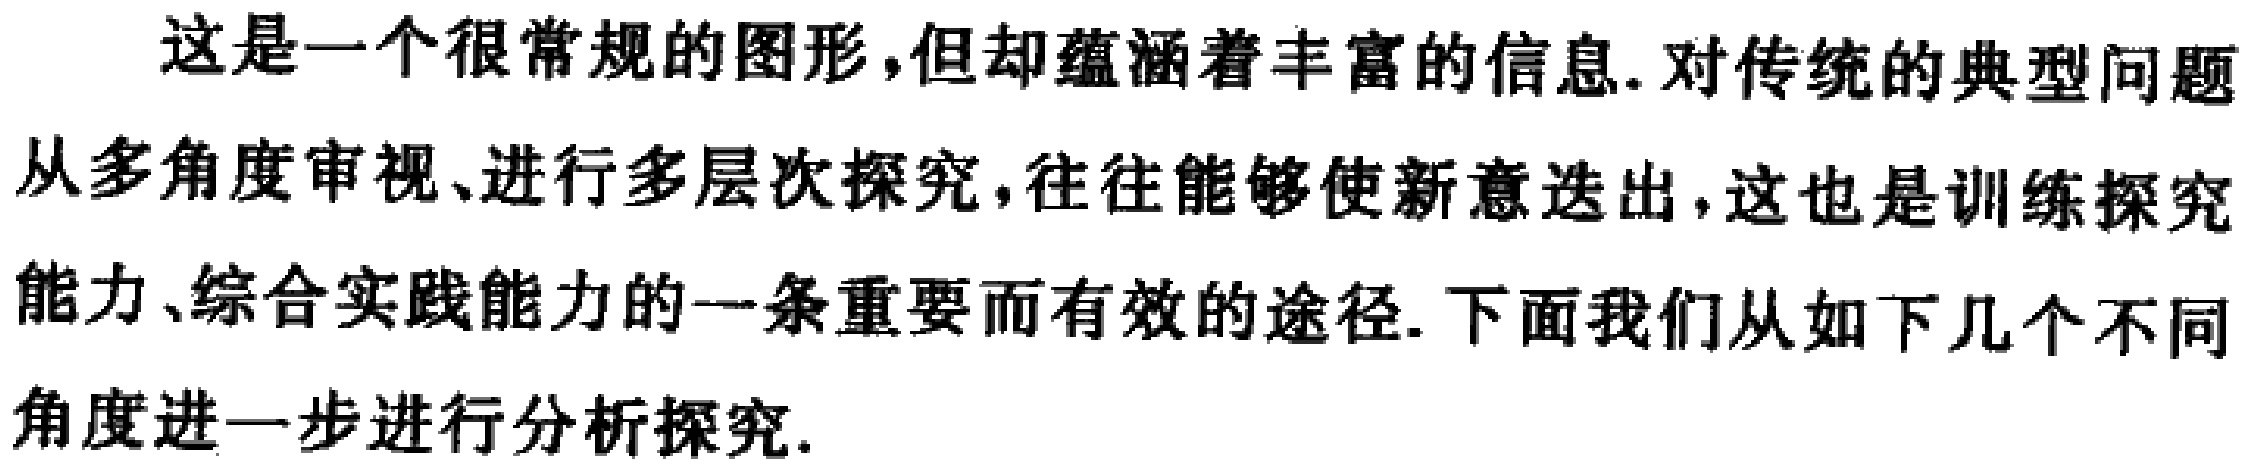
这是一个很常规的图形,但却蕴涵着丰富的信息.对传统的典型问题从多角度审视、进行多层次探究,往往能够使新意迭出,这也是训练探究能力、综合实践能力的一条重要而有效的途径.下面我们从如下几个不同角度进一步进行分析探究.